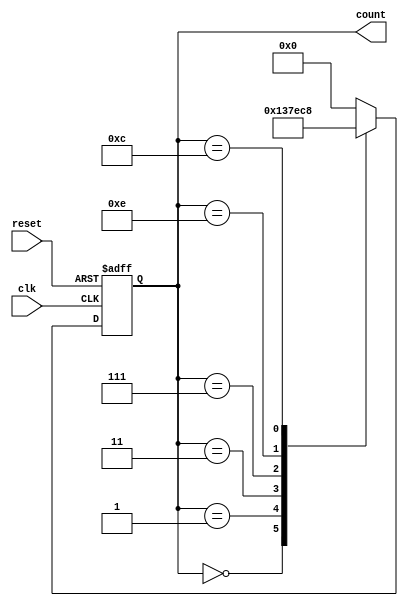
module johnson_counter_clock_divider (
    input wire clk,
    input wire reset,
    output reg [3:0] count
);

reg [3:0] next_state;

always @(posedge clk or posedge reset) begin
    if (reset) begin
        count <= 4'b0000;
    end else begin
        count <= next_state;
    end
end

always @(*) begin
    case(count)
        4'b0000: next_state = 4'b0001;
        4'b0001: next_state = 4'b0011;
        4'b0011: next_state = 4'b0111;
        4'b0111: next_state = 4'b1110;
        4'b1110: next_state = 4'b1100;
        4'b1100: next_state = 4'b1000;
        4'b1000: next_state = 4'b0000;
        default: next_state = 4'b0000;
    endcase
end

endmodule